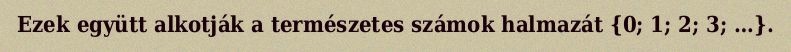
Ezek együtt alkotják a természetes számok halmazát {0; 1; 2; 3; …}.